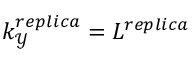
k _ { \mathcal { Y } } ^ { r e p l i c a } = L ^ { r e p l i c a }